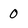
Character: 0